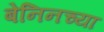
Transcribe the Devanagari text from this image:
बेनिनच्या